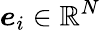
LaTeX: \boldsymbol{e}_{i}\in\mathbb{R}^{N}